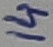
Text: 14